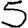
Digit: 5